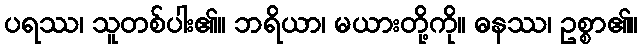
ပရဿ၊ သူတစ်ပါး၏။ ဘရိယာ၊ မယားတို့ကို။ ဓနဿ၊ ဥစ္စာ၏။